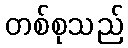
တစ်စုသည်